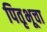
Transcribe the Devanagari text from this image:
पितृभूचा